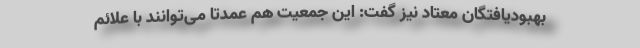
بهبودیافتگان معتاد نیز گفت: این جمعیت هم عمدتا می‌توانند با علائم